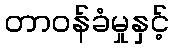
တာဝန်ခံမှုနှင့်